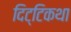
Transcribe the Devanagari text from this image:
दिट्टिकथा